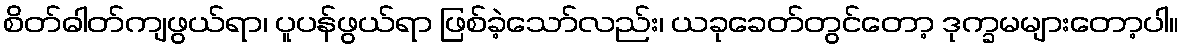
စိတ်ဓါတ်ကျဖွယ်ရာ၊ ပူပန်ဖွယ်ရာ ဖြစ်ခဲ့သော်လည်း၊ ယခုခေတ်တွင်တော့ ဒုက္ခမများတော့ပါ။